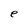
Character: e